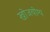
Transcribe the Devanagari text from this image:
खोजयोग्य